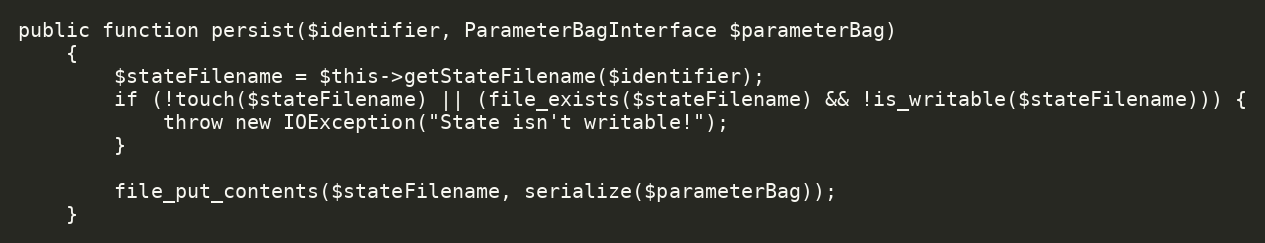
Language: PHP
public function persist($identifier, ParameterBagInterface $parameterBag)
    {
        $stateFilename = $this->getStateFilename($identifier);
        if (!touch($stateFilename) || (file_exists($stateFilename) && !is_writable($stateFilename))) {
            throw new IOException("State isn't writable!");
        }

        file_put_contents($stateFilename, serialize($parameterBag));
    }